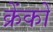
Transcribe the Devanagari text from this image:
क्रेंकों